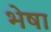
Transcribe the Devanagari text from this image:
भेषा